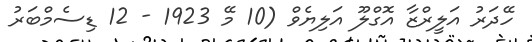
ހޭދަރު އަލީރްޒާ އޮގްލޫ އަލިޔެވް (10 މޭ 1923 - 12 ޑިސެމްބަރު